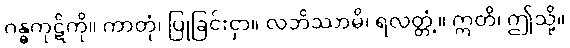
ဂန္ဓကုဋိကို။ ကာတုံ၊ ပြုခြင်းငှာ။ လဘိဿာမိ၊ ရလတ္တံ့။ ဣတိ၊ ဤသို့။